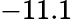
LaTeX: -11.1